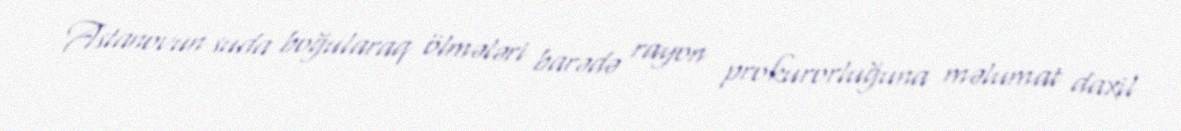
Astanovun suda boğularaq ölmələri barədə rayon prokurorluğuna məlumat daxil